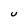
Character: U